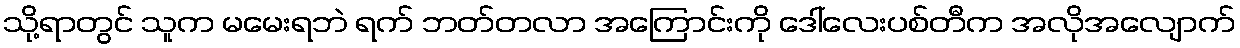
သို့ရာတွင် သူက မမေးရဘဲ ရက် ဘတ်တလာ အကြောင်းကို ဒေါ်လေးပစ်တီက အလိုအလျောက်